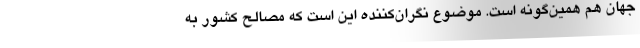
جهان هم همین‌گونه است. موضوع نگران‌کننده این است که مصالح کشور به